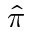
\hat { \pi }